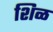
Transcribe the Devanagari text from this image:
शिळ